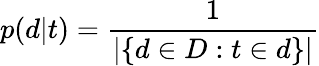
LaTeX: p(d|t)={\frac{1}{|\{ d\in D:t\in d\} |}}